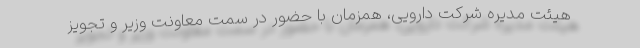
هیئت مدیره شرکت دارویی، همزمان با حضور در سمت معاونت وزیر و تجویز